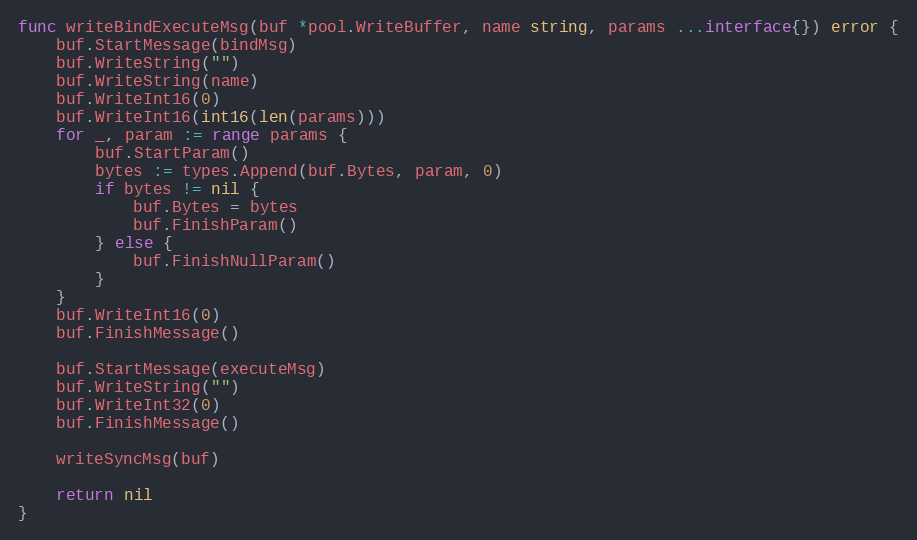
Language: Go
func writeBindExecuteMsg(buf *pool.WriteBuffer, name string, params ...interface{}) error {
	buf.StartMessage(bindMsg)
	buf.WriteString("")
	buf.WriteString(name)
	buf.WriteInt16(0)
	buf.WriteInt16(int16(len(params)))
	for _, param := range params {
		buf.StartParam()
		bytes := types.Append(buf.Bytes, param, 0)
		if bytes != nil {
			buf.Bytes = bytes
			buf.FinishParam()
		} else {
			buf.FinishNullParam()
		}
	}
	buf.WriteInt16(0)
	buf.FinishMessage()

	buf.StartMessage(executeMsg)
	buf.WriteString("")
	buf.WriteInt32(0)
	buf.FinishMessage()

	writeSyncMsg(buf)

	return nil
}